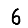
Digit: 6